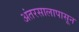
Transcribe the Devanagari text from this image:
अंतरसालापासून